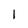
Character: 1